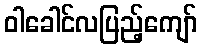
ဝါခေါင်လပြည့်ကျော်